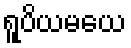
ရူပိယမယေ